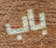
باب